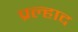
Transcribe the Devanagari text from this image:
प्रल्‍हाद